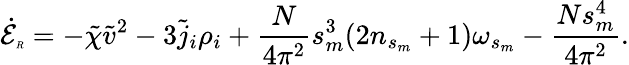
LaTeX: \dot{\cal E}_{\tiny R}=-\tilde{\chi}\tilde{v}^{2}-3\tilde{j}_{i}\rho_{i}+\frac{N}{4\pi^{2}}s_{m}^{3}(2n_{s_{m}}+1)\omega_{s_{m}}-\frac{Ns_{m}^{4}}{4\pi^{2}}.